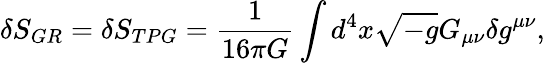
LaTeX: \delta S_{GR}=\delta S_{TPG}=\frac{1}{16\pi G}\int d^{4}x\sqrt{-g}G_{\mu\nu}\delta g^{\mu\nu},